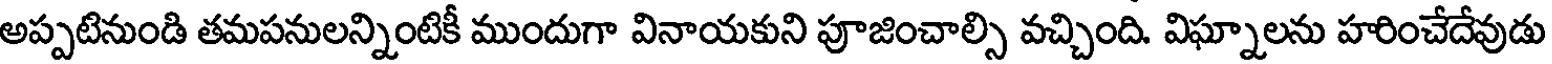
అప్పటినుండి తమపనులన్నింటికీ ముందుగా వినాయకుని పూజించాల్సి వచ్చింది. విఘ్నాలను హరించేదేవుడు